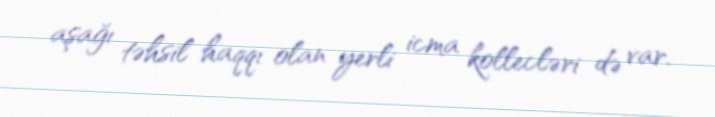
aşağı təhsil haqqı olan yerli icma kollecləri də var.